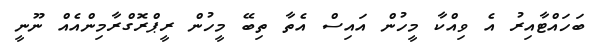
ބަހައްޓާއިރު އެ ވިއްކާ މީހުން އައިސް އެތާ ތިބޭ މީހުން ރީޕްރޮގްރާމިންއެއް ނޫނީ